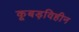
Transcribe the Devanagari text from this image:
कूबड़विहीन